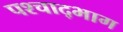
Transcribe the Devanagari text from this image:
पश्चाद्भाग